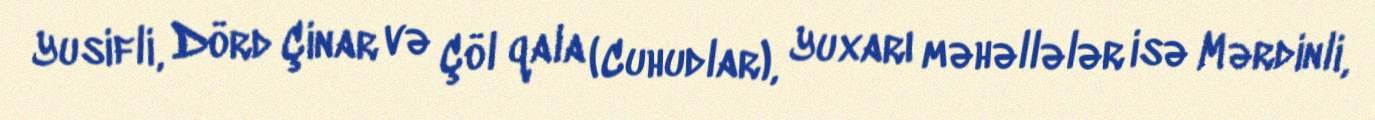
Yusifli, Dörd Çinar və Çöl qala (Cuhudlar), Yuxarı məhəllələr isə Mərdinli,